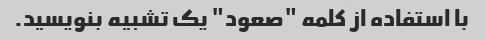
با استفاده از کلمه "صعود" یک تشبیه بنویسید.